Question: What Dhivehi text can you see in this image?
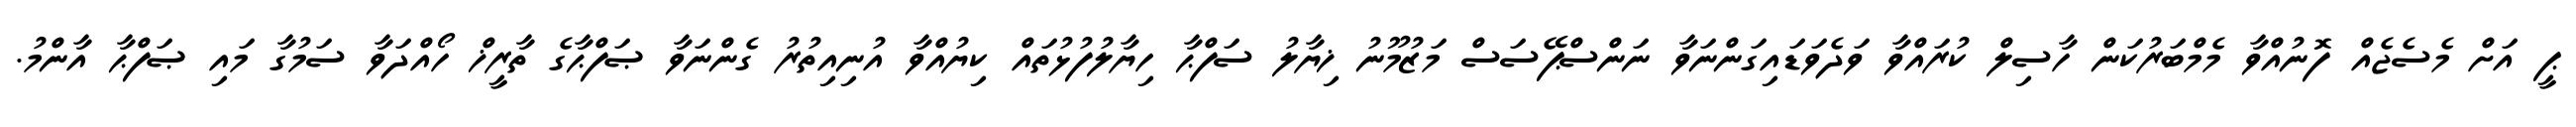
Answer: ޕީ އަށް މެސެޖެއް ފޮނުއްވާ މެމްބަރުކަން ހާސިލް ކުރައްވާ ވަދެވަޑައިގަންނަވާ ނަންސްޕޭސަސް މަޒުމޫނު ޚިޔާލު ސަފްޙާ ހިޔާލުފުޅުތައް ކިޔުއްވާ އުނިއިތުރު ގެންނަވާ ޞަފްޙާގެ ތާރީޚް ހޯއްދަވާ ސަމުގާ މައި ޞަފްޙާ އާންމު.